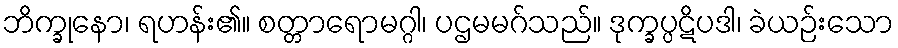
ဘိက္ခုနော၊ ရဟန်း၏။ စတ္တာရောမဂ္ဂါ၊ ပဌမမဂ်သည်။ ဒုက္ခပ္ပဋိပဒါ၊ ခဲယဉ်းသော